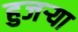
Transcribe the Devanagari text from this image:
हुजऱ्या